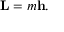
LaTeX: \mathbf { L } = m \mathbf { h } .